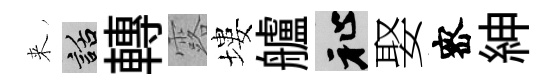
来話轉露塿艫祉娶宻紳